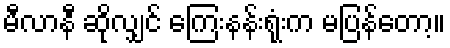
မီလာနီ ဆိုလျှင် ကြေးနန်းရုံးက မပြန်တော့။